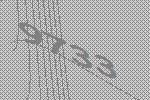
9733